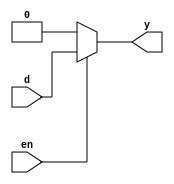
module buffer_b(input d,en,output reg y);
initial begin
		if(en)begin
		 y=d;
			end
		
			else begin
		 y=0;
	end
end
endmodule